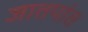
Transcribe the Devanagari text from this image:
जातपांत